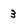
Character: 3